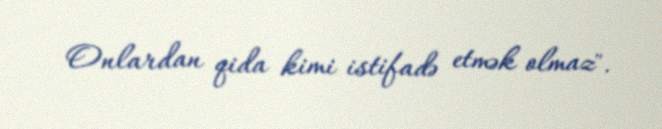
Onlardan qida kimi istifadə etmək olmaz".